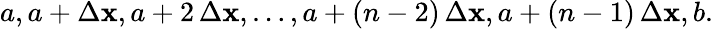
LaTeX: a,a+\Delta\mathbf{x},a+2\, \Delta\mathbf{x},\ldots,a+(n-2)\, \Delta\mathbf{x},a+(n-1)\, \Delta\mathbf{x},b.